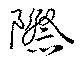
際